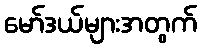
မော်ဒယ်များအတွက်